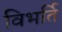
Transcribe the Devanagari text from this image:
विभर्ति